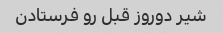
شیر دوروز قبل رو فرستادن